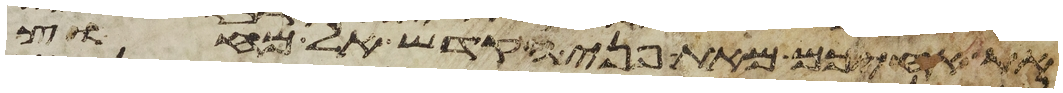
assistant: את אחיכם מאת פני הקדש אל מחוץ